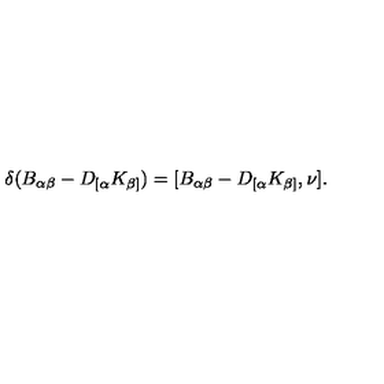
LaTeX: \delta ( B _ { \alpha \beta } - D _ { [ \alpha } K _ { \beta ] } ) = [ B _ { \alpha \beta } - D _ { [ \alpha } K _ { \beta ] } , \nu ] .